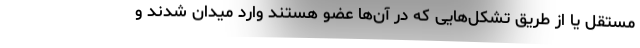
مستقل یا از طریق تشکل‌هایی که در آن‌ها عضو هستند وارد میدان شدند و